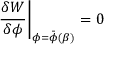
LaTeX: \left. { \frac { \delta W } { \delta \phi } } \right| _ { \phi = \bar { \phi } ( \beta ) } = 0